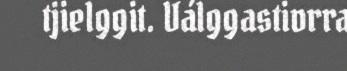
tjielggit. Válggastivrra